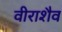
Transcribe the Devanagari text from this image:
वीराशैव